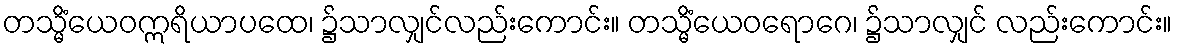
တသ္မိံယေဝဣရိယာပထေ၊ ၌သာလျှင်လည်းကောင်း။ တသ္မိံယေဝရောဂေ၊ ၌သာလျှင် လည်းကောင်း။